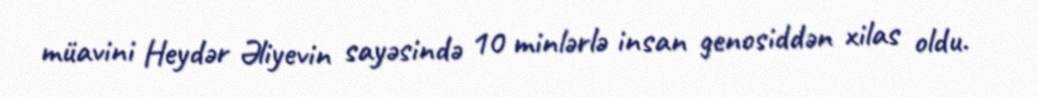
müavini Heydər Əliyevin sayəsində 10 minlərlə insan genosiddən xilas oldu.